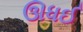
ઊધઈ